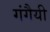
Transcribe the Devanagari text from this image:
गंगैयी